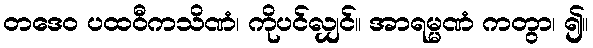
တဒေဝ ပထဝီကသိဏံ၊ ကိုပင်လျှင်။ အာရမ္မဏံ ကတွာ၊ ၍။